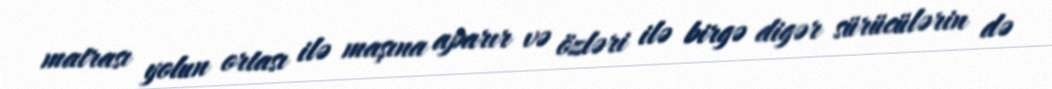
matrası yolun ortası ilə maşına aparır və özləri ilə birgə digər sürücülərin də